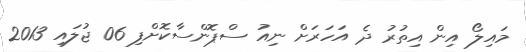
މައިލޯ އިން އިތުރު ދެ އަހަރަށް ނިއު ސްޕޮންސާކޮށްފި 06 ޖުލައި 2013